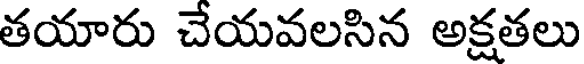
తయారు చేయవలసిన అక్షతలు